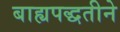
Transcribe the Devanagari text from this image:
बाह्यपद्धतीने